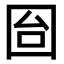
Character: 囼